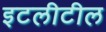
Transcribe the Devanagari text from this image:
इटलीटील